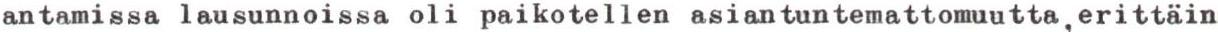
antamissa lausunnoissa oli paikotellen asiantuntemattomuutta,erittäin